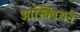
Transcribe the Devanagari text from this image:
आस्क्विथने